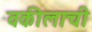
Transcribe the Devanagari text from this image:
वकीलाची